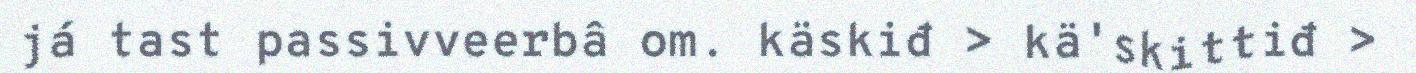
já tast passivveerbâ om. käskiđ > kä'skittiđ >